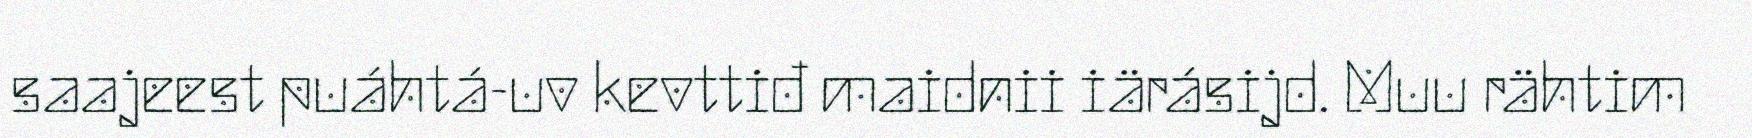
saajeest puáhtá-uv kevttiđ maidnii iärásijd. Muu rähtim